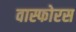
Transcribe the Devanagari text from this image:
वास्फोरस